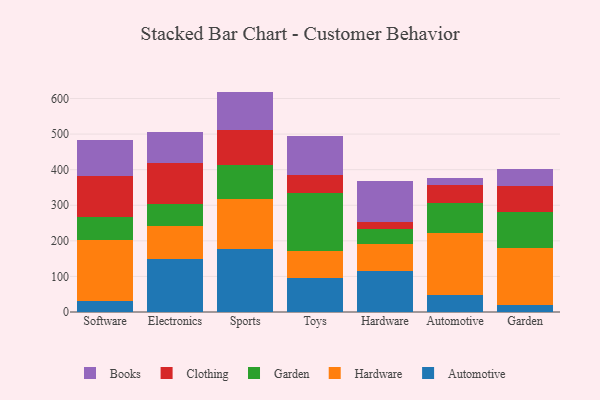
{"axis": {"x": "Category", "y": "Energy Usage (MWh)"}, "legend": ["Automotive", "Books", "Clothing", "Garden", "Hardware"], "data": [{"x": "Software", "y": 30.5, "type": "Automotive"}, {"x": "Software", "y": 173.0, "type": "Hardware"}, {"x": "Software", "y": 62.5, "type": "Garden"}, {"x": "Software", "y": 116.9, "type": "Clothing"}, {"x": "Software", "y": 101.0, "type": "Books"}, {"x": "Electronics", "y": 150.3, "type": "Automotive"}, {"x": "Electronics", "y": 90.7, "type": "Hardware"}, {"x": "Electronics", "y": 62.4, "type": "Garden"}, {"x": "Electronics", "y": 114.5, "type": "Clothing"}, {"x": "Electronics", "y": 86.8, "type": "Books"}, {"x": "Sports", "y": 175.9, "type": "Automotive"}, {"x": "Sports", "y": 140.6, "type": "Hardware"}, {"x": "Sports", "y": 97.0, "type": "Garden"}, {"x": "Sports", "y": 99.2, "type": "Clothing"}, {"x": "Sports", "y": 106.7, "type": "Books"}, {"x": "Toys", "y": 95.0, "type": "Automotive"}, {"x": "Toys", "y": 75.8, "type": "Hardware"}, {"x": "Toys", "y": 162.6, "type": "Garden"}, {"x": "Toys", "y": 52.3, "type": "Clothing"}, {"x": "Toys", "y": 109.3, "type": "Books"}, {"x": "Hardware", "y": 115.9, "type": "Automotive"}, {"x": "Hardware", "y": 75.5, "type": "Hardware"}, {"x": "Hardware", "y": 43.2, "type": "Garden"}, {"x": "Hardware", "y": 18.4, "type": "Clothing"}, {"x": "Hardware", "y": 116.3, "type": "Books"}, {"x": "Automotive", "y": 48.1, "type": "Automotive"}, {"x": "Automotive", "y": 174.4, "type": "Hardware"}, {"x": "Automotive", "y": 84.4, "type": "Garden"}, {"x": "Automotive", "y": 48.7, "type": "Clothing"}, {"x": "Automotive", "y": 20.0, "type": "Books"}, {"x": "Garden", "y": 18.8, "type": "Automotive"}, {"x": "Garden", "y": 162.1, "type": "Hardware"}, {"x": "Garden", "y": 98.9, "type": "Garden"}, {"x": "Garden", "y": 73.9, "type": "Clothing"}, {"x": "Garden", "y": 48.0, "type": "Books"}]}